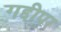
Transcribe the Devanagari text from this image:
गद्दीपर